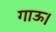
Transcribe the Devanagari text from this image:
गाऊ।